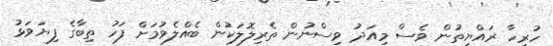
ހުރިހާ ރައްޔިތުން ވެސް މިއަދު ވިސްނުން ތެރިލޮލަކުން ބެއްލެވުމަށް ފަހު ތިބާގެ ފިޔަވަޅު